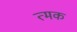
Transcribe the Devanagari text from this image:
त्मक